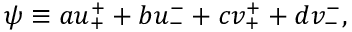
\psi \equiv a u _ { + } ^ { + } + b u _ { - } ^ { - } + c v _ { + } ^ { + } + d v _ { - } ^ { - } ,